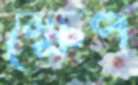
ক্ষেপ